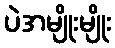
ပဲအမျိုးမျိုး